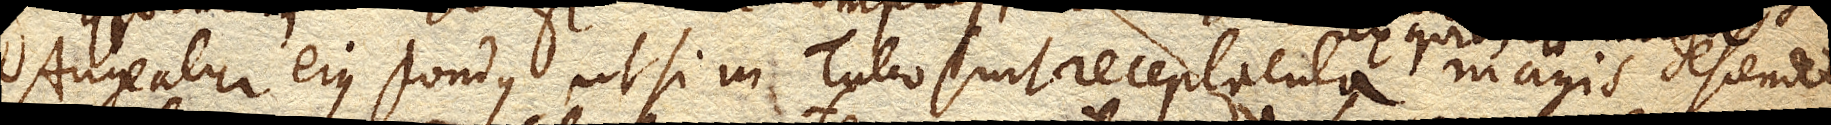
Augeatur ejus pondus ut si in Tubo sint receptacula magis descendet,